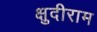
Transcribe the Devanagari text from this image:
क्षुदीराम